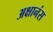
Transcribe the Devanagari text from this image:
अक्षानंस